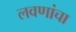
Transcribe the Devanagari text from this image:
लवणांचा